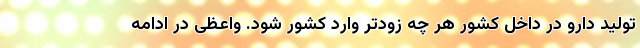
تولید دارو در داخل کشور هر چه زودتر وارد کشور شود. واعظی در ادامه